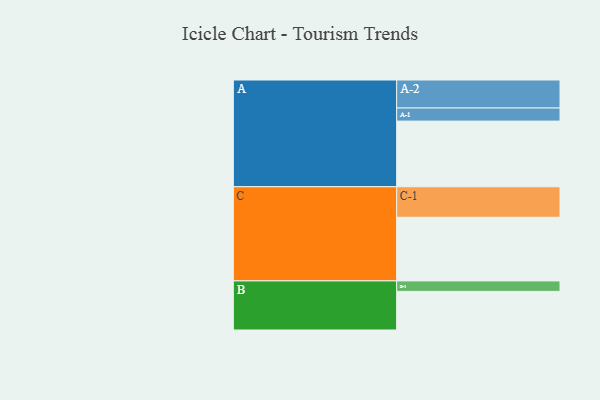
{"axis": {"x": "Segment", "y": "Value"}, "legend": ["", "A", "B", "C"], "data": [{"x": "A", "y": 527, "type": ""}, {"x": "B", "y": 310, "type": ""}, {"x": "C", "y": 511, "type": ""}, {"x": "A-1", "y": 105, "type": "A"}, {"x": "A-2", "y": 225, "type": "A"}, {"x": "B-1", "y": 84, "type": "B"}, {"x": "C-1", "y": 245, "type": "C"}]}